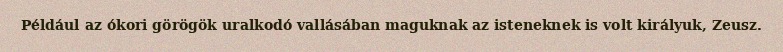
Például az ókori görögök uralkodó vallásában maguknak az isteneknek is volt királyuk, Zeusz.